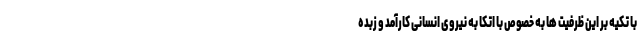
با تکیه بر این ظرفیت ها به خصوص با اتکا به نیروی انسانی کارآمد و زبده